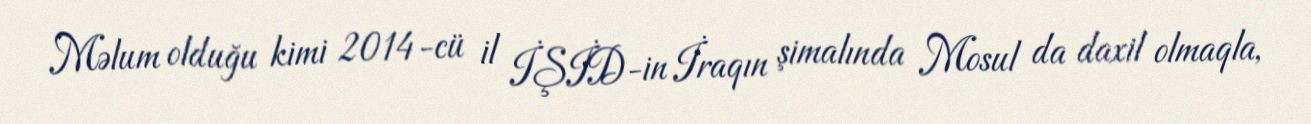
Məlum olduğu kimi 2014-cü il İŞİD-in İraqın şimalında Mosul da daxil olmaqla,